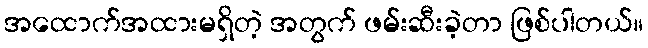
အထောက်အထားမရှိတဲ့ အတွက် ဖမ်းဆီးခဲ့တာ ဖြစ်ပါတယ်။